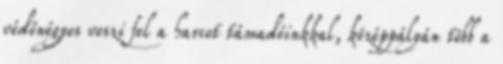
védőnégyes veszi fel a harcot támadóinkkal, középpályán több a